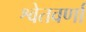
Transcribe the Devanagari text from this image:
श्वेतवर्णां